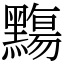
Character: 䵰